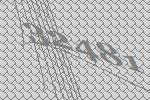
32481